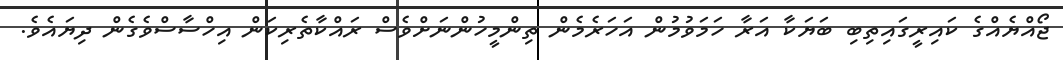
ޖޯއްޔެއްގެ ކައިރީގައިތިބި ބަޔަކާ އަރާ ހަމަވުމުން އަހަރެމެން ތިންމީހުންނަށްވެސް ރައްކާތެރިކަން އިހްސާސްވެގެން ދިޔައެވެ.